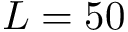
L = 5 0